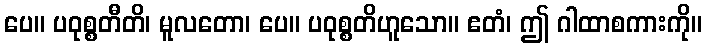
ပေ။ ပဝုစ္စတီတိ၊ မူလတော၊ ပေ။ ပဝုစ္စတိဟူသော။ ဧတံ၊ ဤ ဂါထာစကားကို။